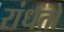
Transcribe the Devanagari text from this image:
रांधतो